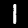
Digit: 1